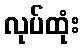
လုပ်ထုံး